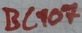
Text: BC107